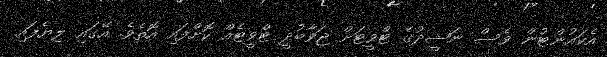
އެކައުންޓުން ވެސް ނަޝީދުގެ ޓްވީޓަށް ޖަވާބުދީ ޓްވީޓެއް ކޮށްފައި އޮތެވެ. އޭގައި ލިޔެފައި